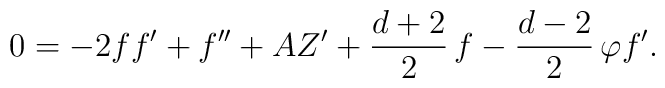
0=-2ff'+f''+AZ'        +\frac{d+2}{2}\,f-\frac{d-2}{2}\,\varphi f'.